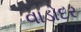
વાડોદર